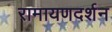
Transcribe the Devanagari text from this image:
रामायणदर्शन